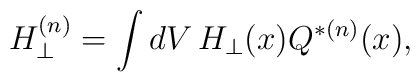
H_{\perp}^{(n)} = \int dV  \, H_{\perp}(x)  Q^{*(n)}(x),